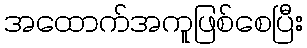
အထောက်အကူဖြစ်စေပြီး